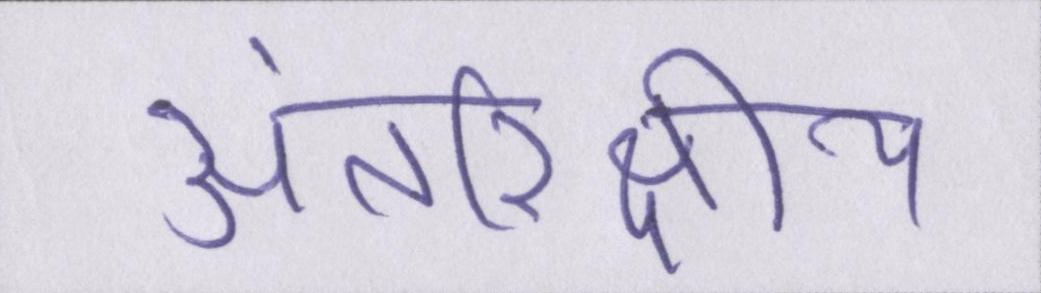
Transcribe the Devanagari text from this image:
अंतरिक्षीय